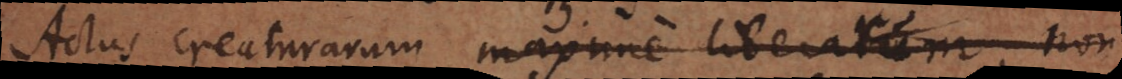
Actus creaturarum maxime liberarum, non